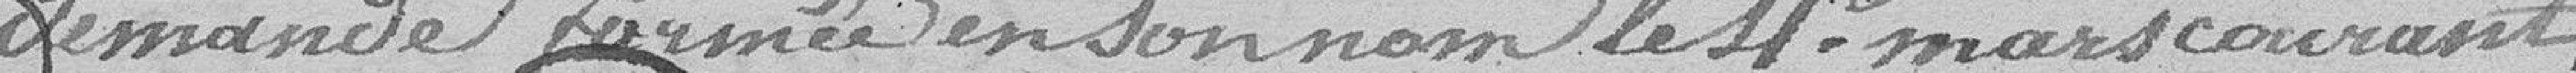
demande formée en son nom le 4 mars courant